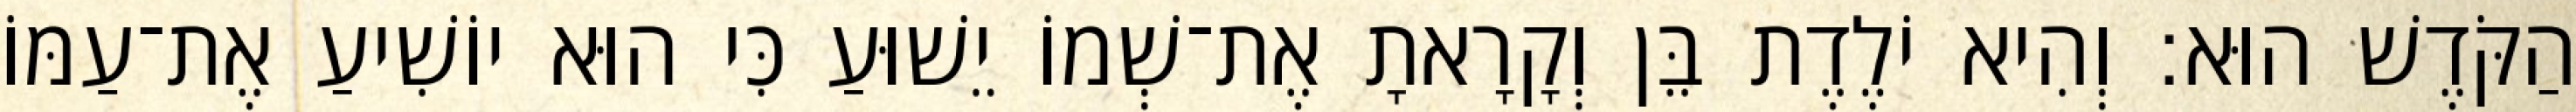
הַקֹּדֶשׁ הוּא׃ וְהִיא יֹלֶדֶת בֵּן וְקָרָאתָ אֶת־שְׁמוֹ יֵשׁוּעַ כִּי הוּא יוֹשִׁיעַ אֶת־עַמּוֹ